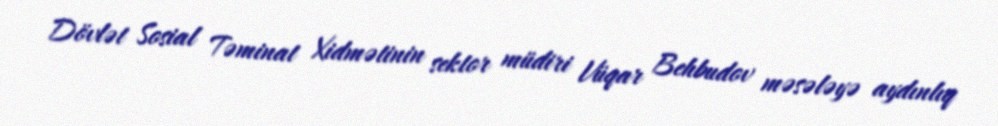
Dövlət Sosial Təminat Xidmətinin sektor müdiri Vüqar Behbudov məsələyə aydınlıq